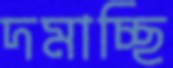
দমাচ্ছি